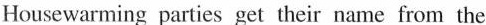
Housewarming parties get their name from the